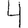
Digit: 4